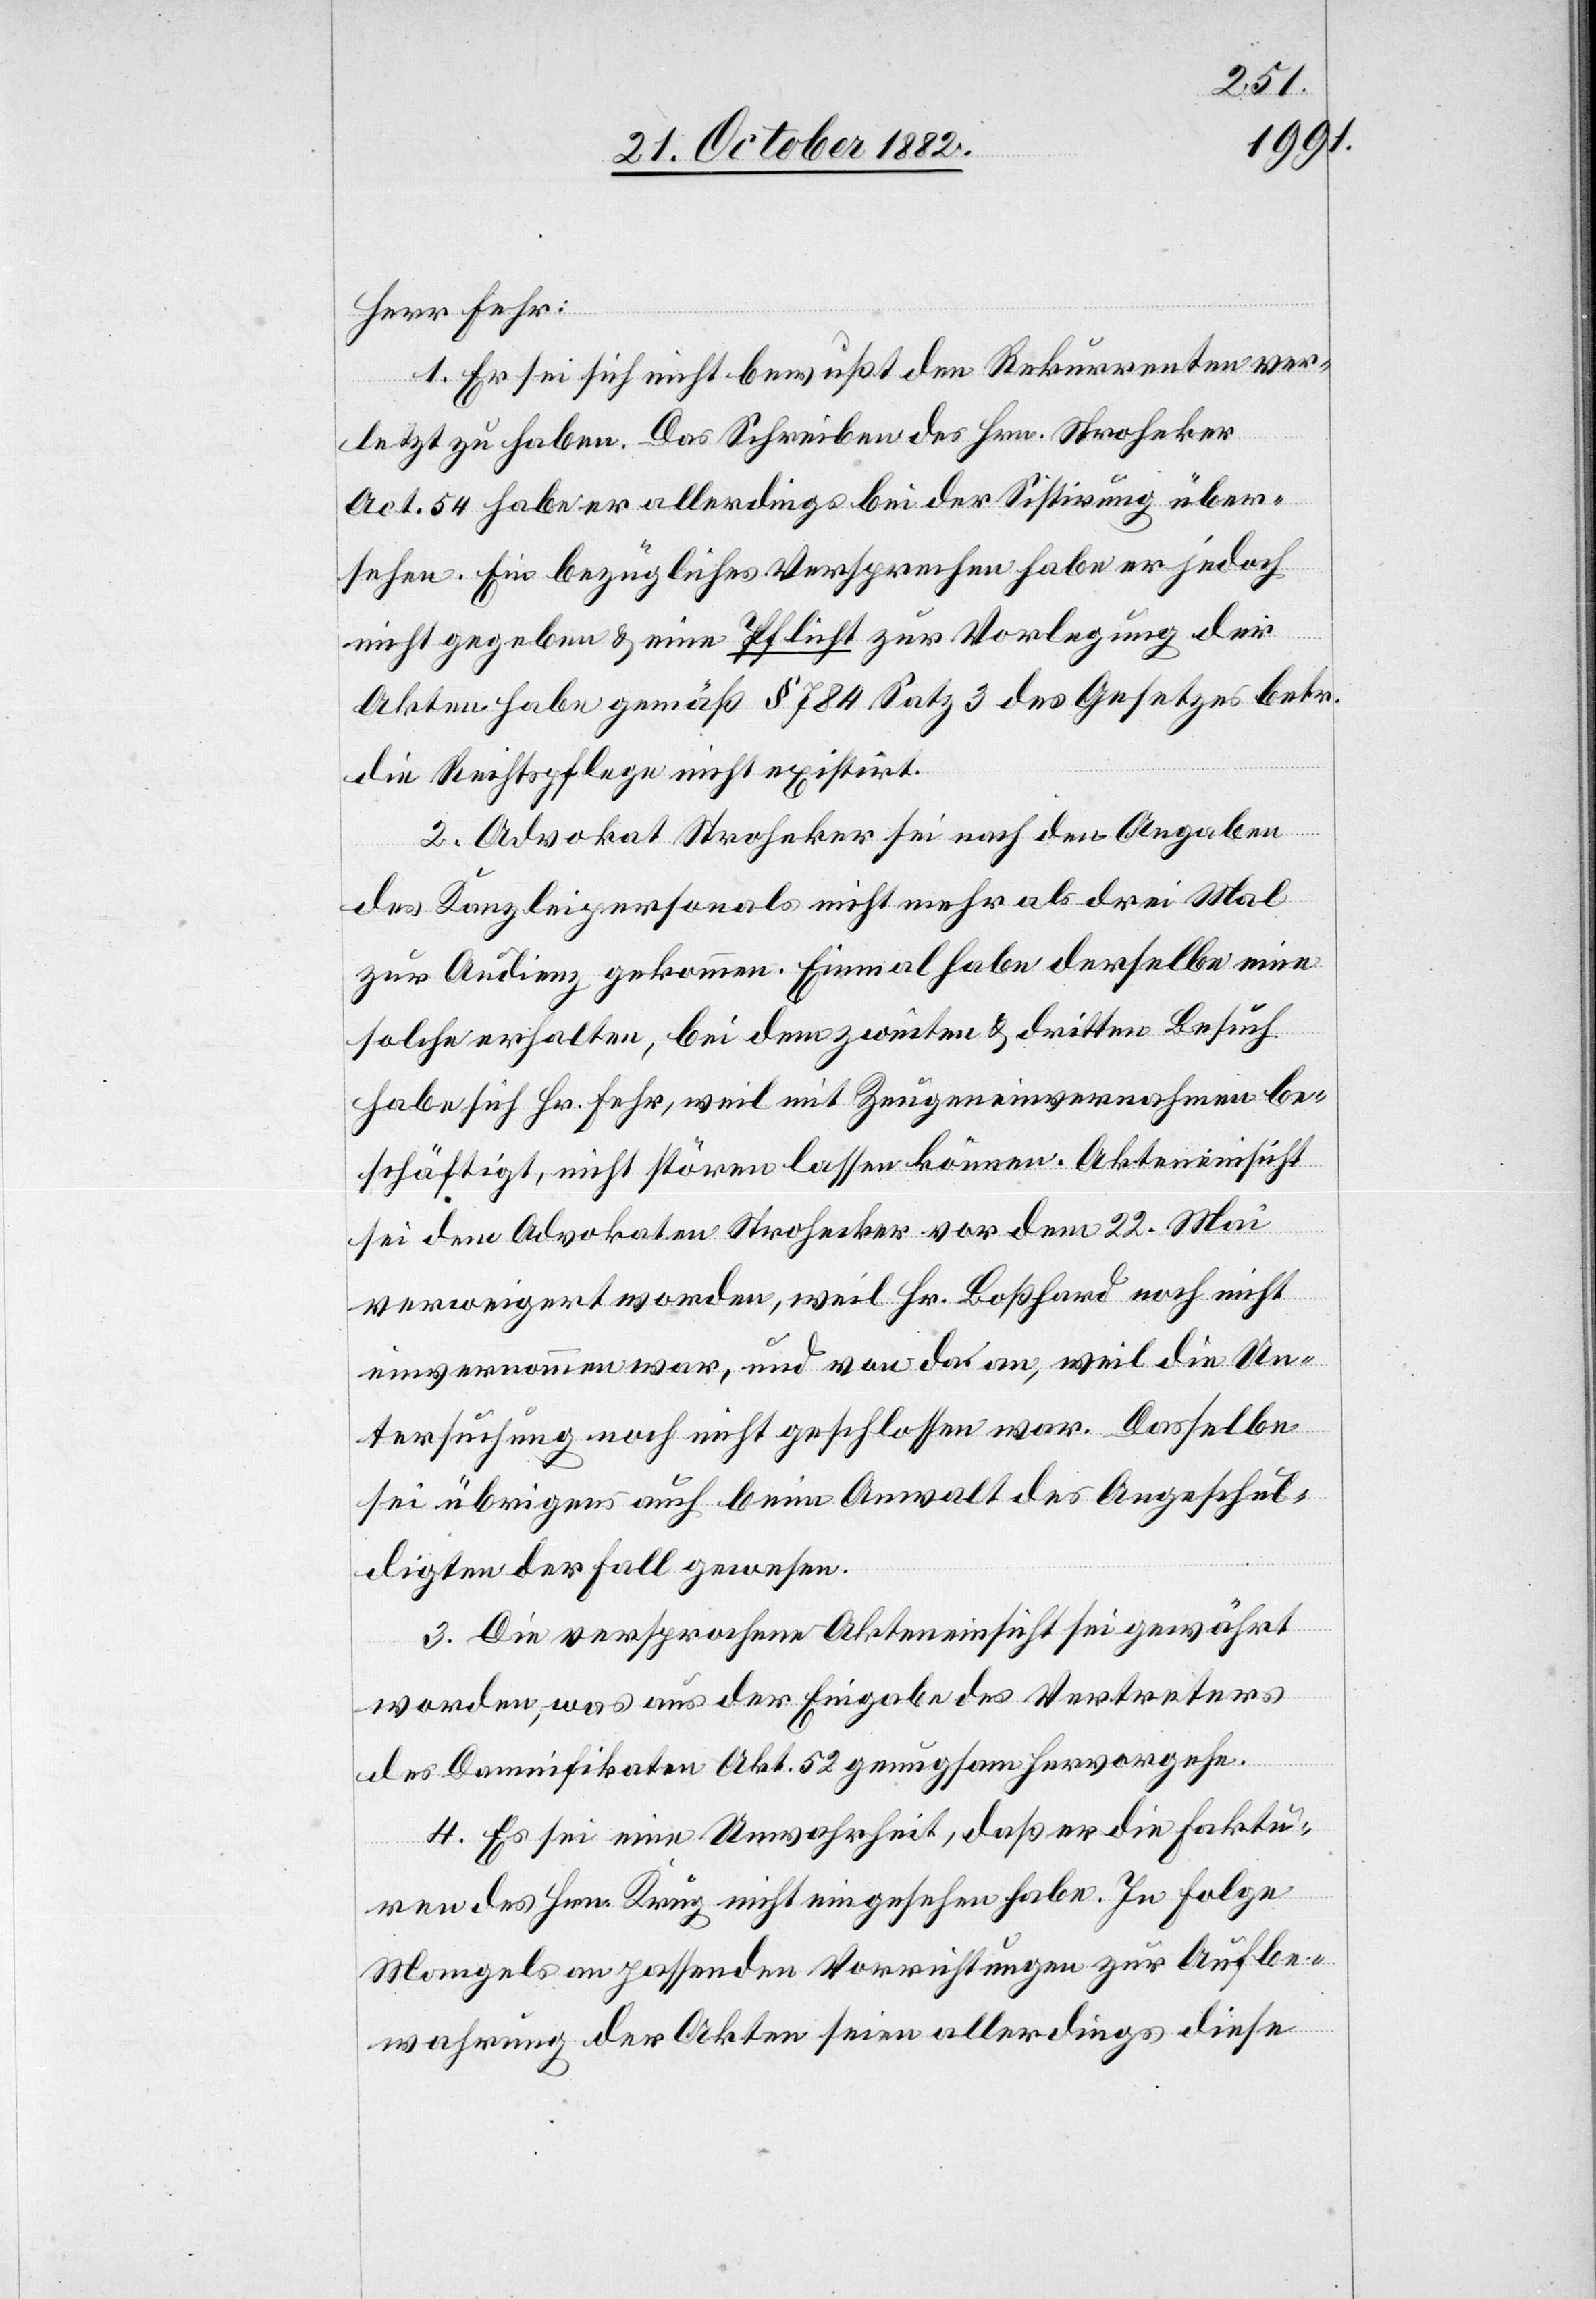
Herr Fehr:
1. Er sei sich nicht bewußt den Rekurrenten ver¬
letzt zu haben. Das Schreiben des Hrn. Stroheker
Act. 54 habe er allerdings bei der Sistirung über¬
sehen. Ein bezügliches Versprechen habe er jedoch
nicht gegeben & eine Pflicht zur Vorlegung der
Akten habe gemäß § 784 Satz 3 des Gesetzes betr.
die Rechtspflege nicht existirt.
2. Advokat Stroheker sei nach den Angaben
des Kanzleipersonals nicht mehr als drei Mal
zur Audienz gekommen. Einmal habe derselbe eine
solche erhalten, bei dem zweiten & dritten Besuch
habe sich Hr. Fehr, weil mit Zeugeneinvernahmen be¬
schäftigt, nicht stören lassen können. Akteneinsicht
sei dem Advokaten Strohecker [sic!] vor dem 22. Mai
verweigert worden, weil Hr. Boßhard noch nicht
einvernommen war, und von da an, weil die Un¬
tersuchung noch nicht geschlossen war. Dasselbe
sei übrigens auch beim Anwalt des Angeschul¬
digten der Fall gewesen.
3. Die versprochene Akteneinsicht sei gewährt
worden, was aus der Eingabe des Vertreters
des Damnifikaten Akt. 52 genugsam hervorgehe.
4. Es sei eine Unwahrheit, daß er die Faktu¬
ren des Hrn. Krug nicht eingesehen habe. In Folge
Mangels an passenden Vorrichtungen zur Aufbe¬
wahrung der Akten seien allerdings diese